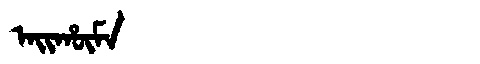
Manchu: ᠠᡳᡥᡡᠮᠠ
Romanization: AIHŪMA